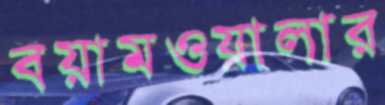
বয়ামওয়ালার